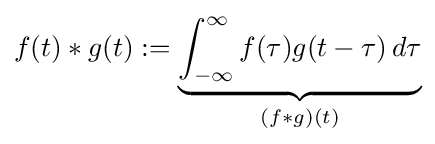
f(t)*g(t)\mathrel {:=} \underbrace {\int _{-\infty }^{\infty }f(\tau )g(t-\tau )\,d\tau } _{(f*g)(t)}